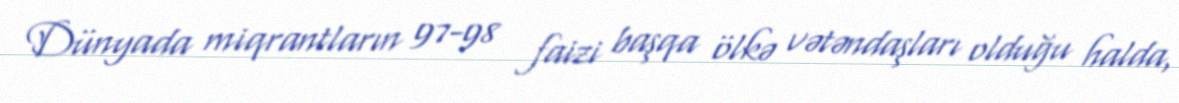
Dünyada miqrantların 97-98 faizi başqa ölkə vətəndaşları olduğu halda,